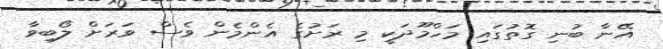
އޭނާ ބުނި ގޮތުގައި މަހްމޫދަކީ މި ރަށުގެ އެންމެން ވެސް ވަރަށް ލޯބިވާ